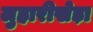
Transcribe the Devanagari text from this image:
लुहारीखेड़ा